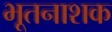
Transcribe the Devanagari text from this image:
भूतनाशक